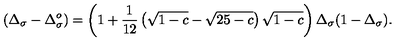
\protect ( \Delta _ { \sigma } - \Delta _ { \sigma } ^ { o } ) = \left( 1 + { \frac { 1 } { 1 2 } } \left( \sqrt { 1 - c } - \sqrt { 2 5 - c } \right) \sqrt { 1 - c } \right) \Delta _ { \sigma } ( 1 - \Delta _ { \sigma } ) .